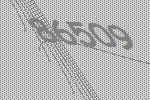
86509